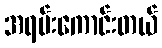
အရမ်းကောင်းတယ်